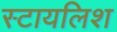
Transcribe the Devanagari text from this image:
स्टायलिश